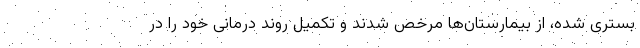
بستری شده، از بیمارستان‌ها مرخص شدند و تکمیل روند درمانی خود را در